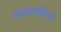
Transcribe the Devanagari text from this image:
प्रकाशरश्मियाँ